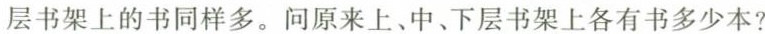
层书架上的书同样多。问原来上、中、下层书架上各有书多少本?